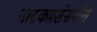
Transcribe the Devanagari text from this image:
नाटकप्रशंसनीय